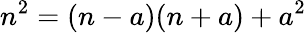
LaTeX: n^{2}=(n-a)(n+a)+a^{2}